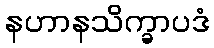
နဟာနသိက္ခာပဒံ